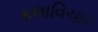
કલાવિચાર